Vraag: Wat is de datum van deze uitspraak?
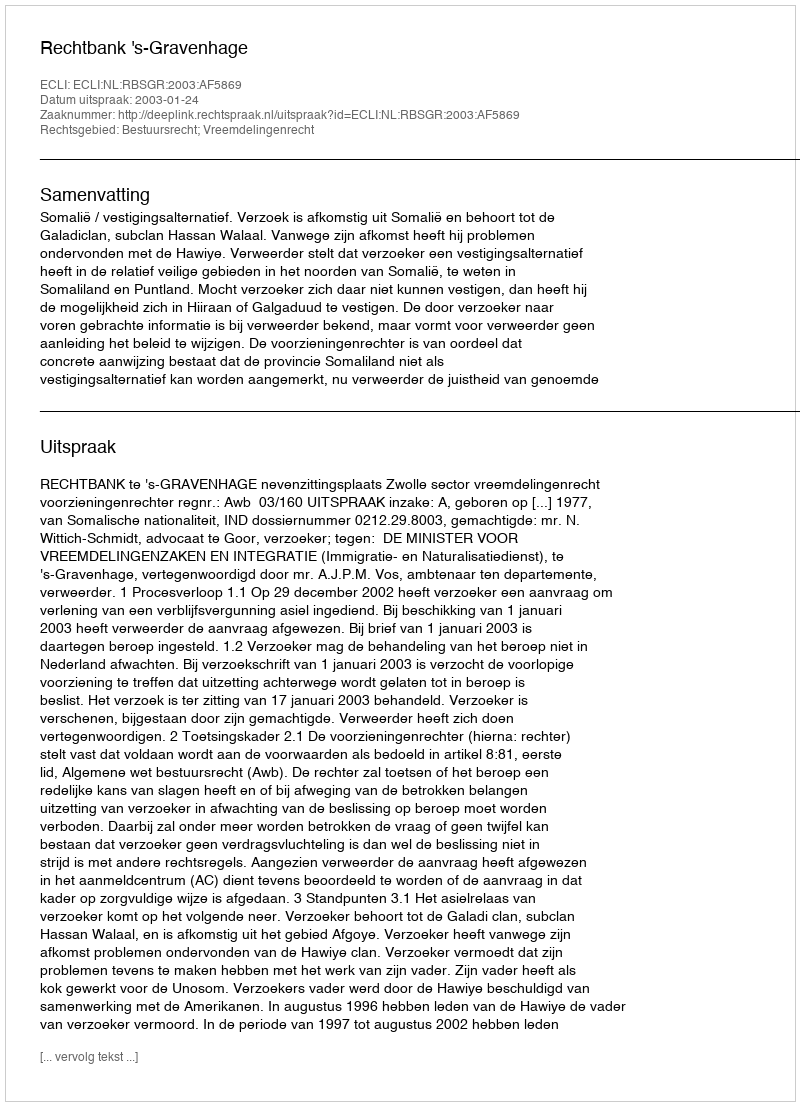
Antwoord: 2003-01-24